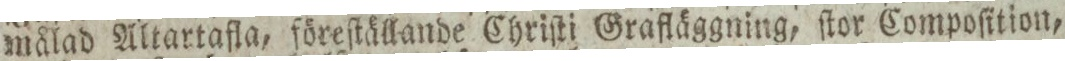
målad Altartafla, föreſtällande Chriſti Grafläggning, ſtor Compoſition,